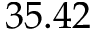
3 5 . 4 2